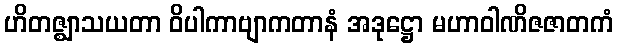
ဟိတဇ္ဈာသယတာ ဝိပါကာဗျာကတာနံ အဒုဋ္ဌော မဟာဝါဏိဇဇာတကံ